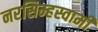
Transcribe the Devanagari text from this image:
नरसिम्हस्वामी